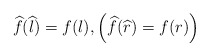
\begin{align*}\widehat{f}(\widehat{l})=f(l),\left(\widehat{f}(\widehat{r})=f(r) \right)\end{align*}